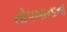
તોપખાનાનો